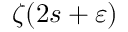
\zeta ( 2 s + \varepsilon )